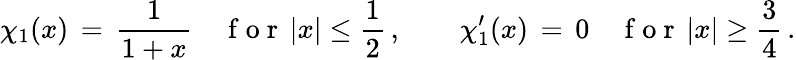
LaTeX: \chi_{1}(x)\, =\, \frac{1}{1+x}\quad\mathrm{~f~o~r~}\, |x|\le\frac 12\, ,\qquad\chi_{1}^{\prime}(x)\, =\, 0\quad\mathrm{~f~o~r~}\, |x|\ge\frac 34\, .